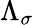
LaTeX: \Lambda_{\sigma}